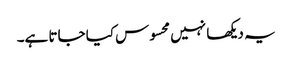
یہ دیکھا نہیں محسوس کیا جاتا ہے۔